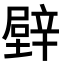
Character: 𨐧